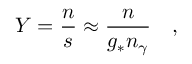
Y = \frac { n } { s } \approx \frac { n } { g _ { \ast } n _ { \gamma } } \quad ,